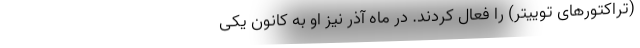
(تراکتورهای توییتر) را فعال کردند. در ماه آذر نیز او به کانون یکی